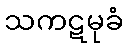
သကဋမုခံ